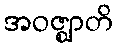
အဝဇ္ဈာတိ